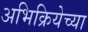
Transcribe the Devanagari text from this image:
अभिक्रियेच्या